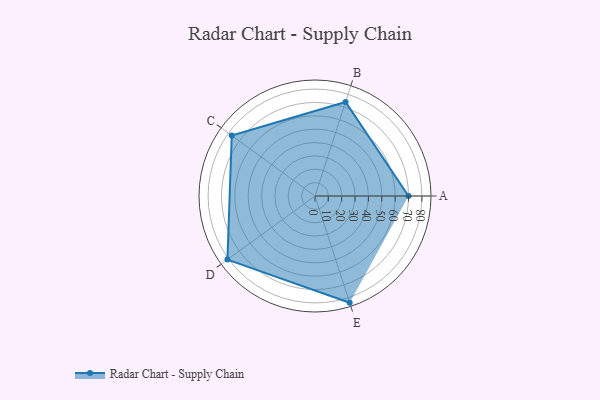
{"axis": {"x": "Skill", "y": "Score"}, "legend": ["Profile"], "data": [{"x": "A", "y": 70.0, "type": "Profile"}, {"x": "B", "y": 74.0, "type": "Profile"}, {"x": "C", "y": 77.0, "type": "Profile"}, {"x": "D", "y": 81.0, "type": "Profile"}, {"x": "E", "y": 84.0, "type": "Profile"}]}